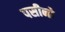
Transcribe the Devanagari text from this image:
पसीनो